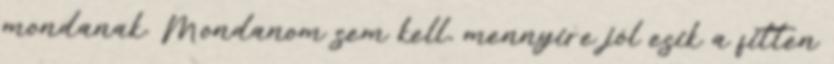
mondanak. Mondanom sem kell, mennyire jól esik a fitten